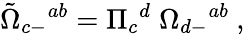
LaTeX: {\tilde{\Omega}}_{c-}{}^{ab}=\Pi_{c}{}^{d}\; \Omega_{d-}{}^{ab}\ ,